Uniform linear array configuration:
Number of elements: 48
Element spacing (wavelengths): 1
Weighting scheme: exponential
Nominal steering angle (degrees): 0
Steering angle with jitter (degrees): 1.386
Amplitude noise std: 0.05
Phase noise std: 0.05

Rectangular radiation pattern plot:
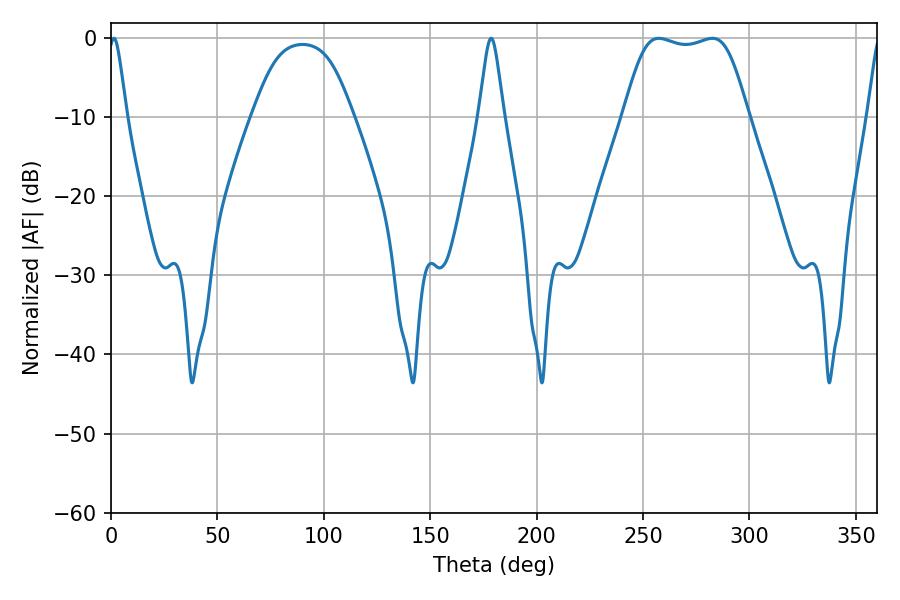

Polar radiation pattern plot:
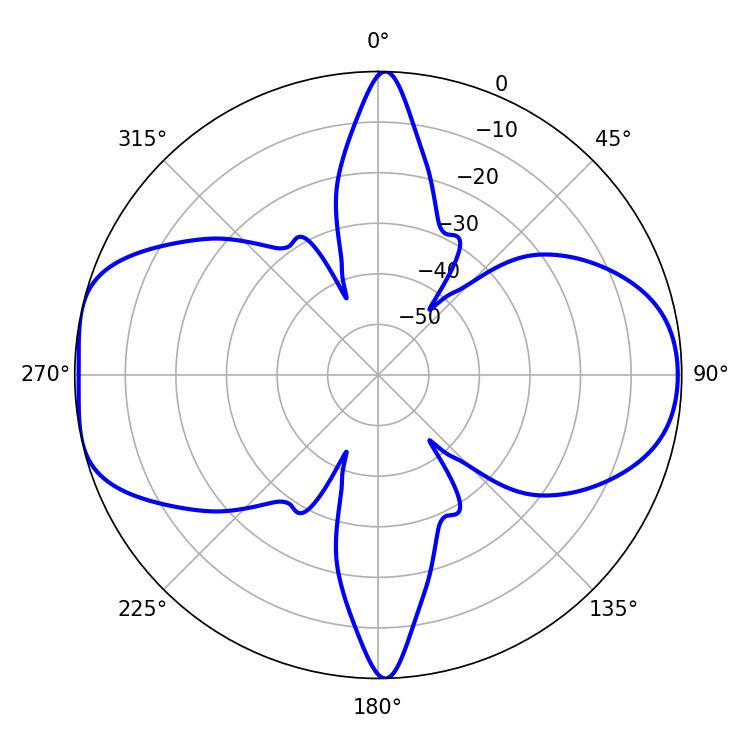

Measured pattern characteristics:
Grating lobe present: TRUE
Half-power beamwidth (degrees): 44.28
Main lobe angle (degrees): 257.4